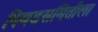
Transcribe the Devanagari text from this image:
निवडसमितीला